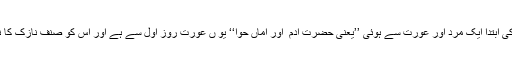
انسان کی ابتدا ایک مرد اور عورت سے ہوئی ’’یعنی حضرت آدم ؑ اور اماں حوا‘‘ یو ں عورت روز اول سے ہے اور اس کو صنف نازک کا نام ملا۔